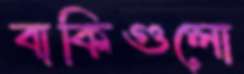
বাকিগুলো